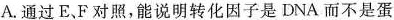
A.通过E、F对照，能说明转化因子是DNA而不是蛋